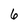
Character: 6